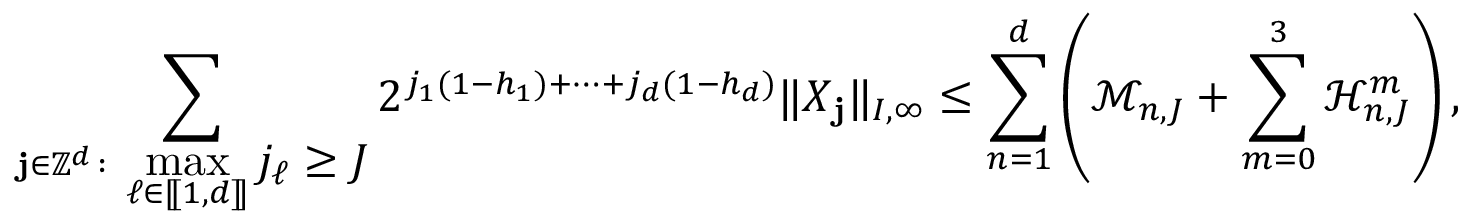
\sum _ { \mathbf { j } \in \mathbb { Z } ^ { d } \, : \, \displaystyle \operatorname* { m a x } _ { \ell \in [ \! [ 1 , d ] \! ] } j _ { \ell } \geq J } 2 ^ { j _ { 1 } ( 1 - h _ { 1 } ) + \cdots + j _ { d } ( 1 - h _ { d } ) } \| X _ { \mathbf { j } } \| _ { I , \infty } \leq \sum _ { n = 1 } ^ { d } \left( \mathcal { M } _ { n , J } + \sum _ { m = 0 } ^ { 3 } \mathcal { H } _ { n , J } ^ { m } \right) ,